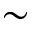
\sim